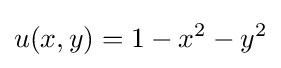
u(x,y)=1-x^{2}-y^{2}